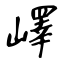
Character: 嶧